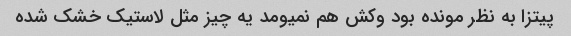
پیتزا به نظر مونده بود وکش هم نمیومد یه چیز مثل لاستیک خشک شده